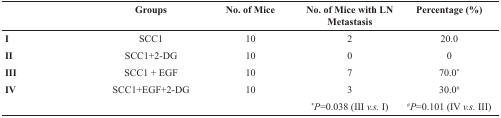
<table><thead><tr><td></td><td><b>Groups</b></td><td><b>No. of Mice</b></td><td><b>No. of Mice with LN Metastasis</b></td><td><b>Percentage (%)</b></td></tr></thead><tbody><tr><td><b>I</b></td><td>SCC1</td><td>10</td><td>2</td><td>20.0</td></tr><tr><td><b>II</b></td><td>SCC1+2-DG</td><td>10</td><td>0</td><td>0</td></tr><tr><td><b>III</b></td><td>SCC1 + EGF</td><td>10</td><td>7</td><td>70.0*</td></tr><tr><td><b>IV</b></td><td>SCC1+EGF+2-DG</td><td>10</td><td>3</td><td>30.0<sup>#</sup></td></tr><tr><td></td><td></td><td></td><td>*<i>P</i>=0.038 (III <i>v.s</i>. I)</td><td><sup>#</sup><i>P</i>=0.101 (IV <i>v.s</i>. III)</td></tr></tbody></table>